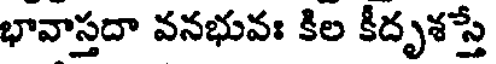
భావాస్తదా వనభువః కిల కీదృశస్తే